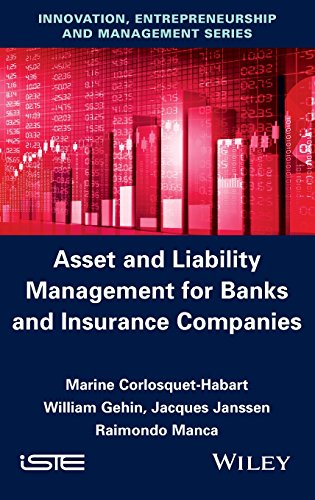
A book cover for Asset and Liability Management for Banks and Insurance Companies; Marine Corlosquet-Habart; Business & Money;